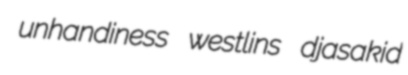
unhandiness westlins djasakid